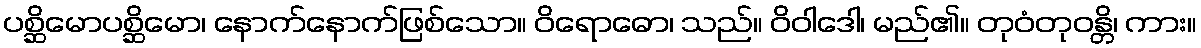
ပစ္ဆိမောပစ္ဆိမော၊ နောက်နောက်ဖြစ်သော။ ဝိရောဓော၊ သည်။ ဝိဝါဒေါ၊ မည်၏။ တုဝံတုဝန္တိ၊ ကား။